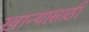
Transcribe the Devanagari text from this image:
खान्यासाठी